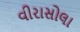
વીરાસોલા